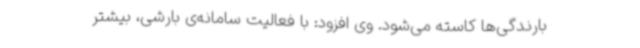
بارندگی‌ها کاسته می‌شود. وی افزود: با فعالیت سامانه‌ی بارشی، بیشتر